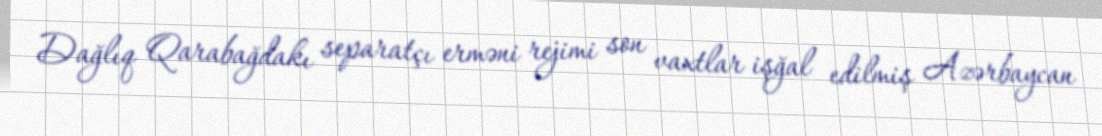
Dağlıq Qarabağdakı separatçı erməni rejimi son vaxtlar işğal edilmiş Azərbaycan